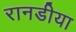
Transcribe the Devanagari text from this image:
रानडीया